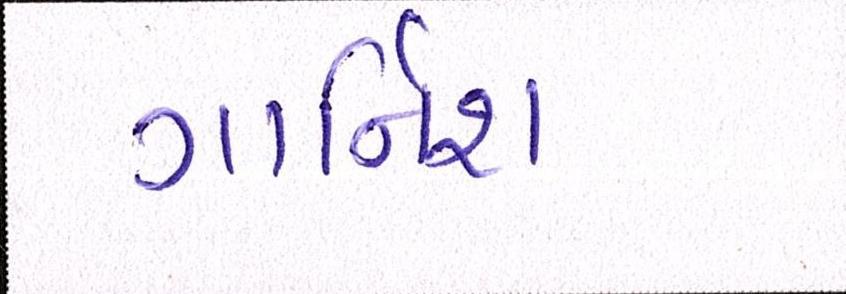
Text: ગાર્નિશ